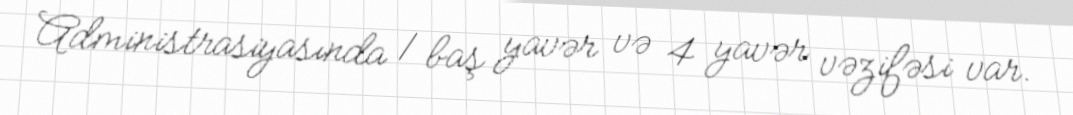
Administrasiyasında 1 baş yavər və 4 yavər vəzifəsi var.